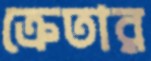
ক্রেতার